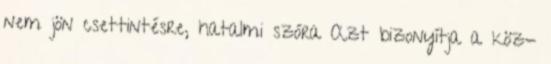
nem jön csettintésre, hatalmi szóra Azt bizonyítja a köz-